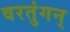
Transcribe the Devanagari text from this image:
वरतुंगन्